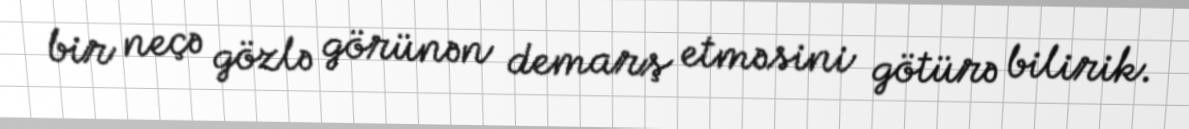
bir neçə gözlə görünən demarş etməsini götürə bilirik.